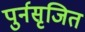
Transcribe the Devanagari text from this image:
पुर्नसृजित